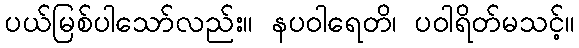
ပယ်မြစ်ပါသော်လည်း။ နပဝါရေတိ၊ ပဝါရိတ်မသင့်။